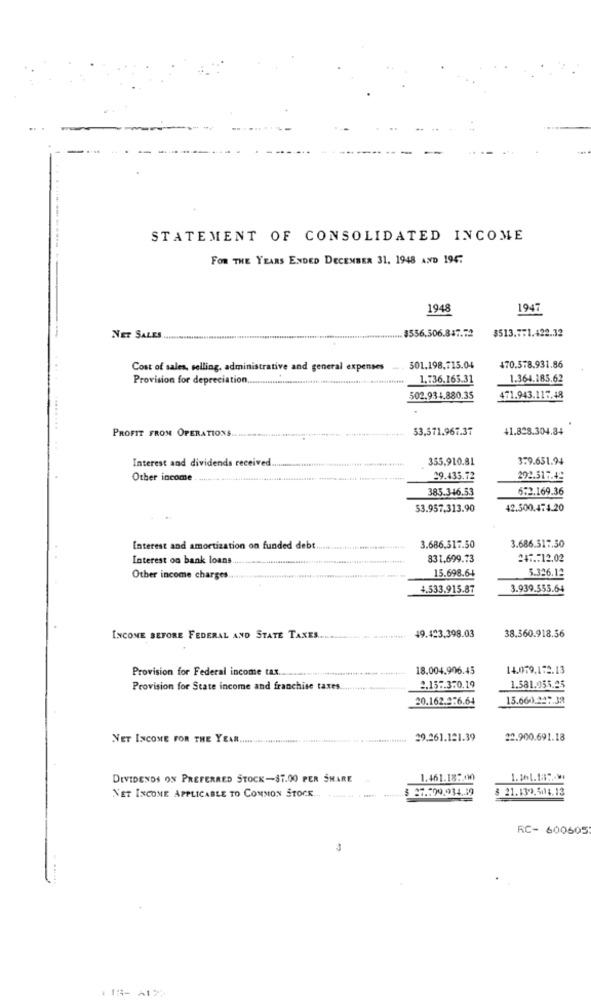
STATEMENT OF CONSOLIDATED INCOME
FOR THE YEARS ENDED DECEMBER 31. 1948 AND 1947
1948
1947
$513.7:1.422.32
NET SALES ....................................................................................................... $556,506,837.72
Cost of sales, selling, administrative and general expenses
301.198.715.04
470.578.931.86
Provision for depreciation.
1,736.165.31
1.364.185.62
502.934.880.35
471.943.117.48
PROFIT FROM OPERATIONS.
53,571.967.37
+1.828.304.34
Interest and dividends received ..
355,910.81
3.9.651.94
Other income
29.435.72
292.317.4ª
385.346.53
6:2.169.36
53.957,313.90
42.500.474.20
Interest and amortization on funded debt.
3.686,317.50
3.686.317.50
Interest on bank loans
831,699.73
#47 .. 12.02
15.698.64
5.326.12
Other income charges ..
4.533.915.87
3.939.555.64
INCOME BEFORE FEDERAL AND STATE TAXES.
49.423,398.03
38.360.918.56
Provision for Federal income tax.
18.004.906.45
14.079.172.13
Provision for State income and franchise taxes.
2.157.3-0.19
1.581.055.25
20.162.2-6.64
15.66).247.32
NET INCOME FOR THE YEAR ............................................... .................
29.261.121.39
22.900.691.18
DIVIDENDS ON PREFERRED STOCK-$7.00 PER SHARE
1.461.18 :. 00
1.161.13 :- >
$ 27.199.934.39
8 21.139.504.13
NET INCOME APPLICABLE TO COMMON STOCK ... .... . .
RC- 600605
3